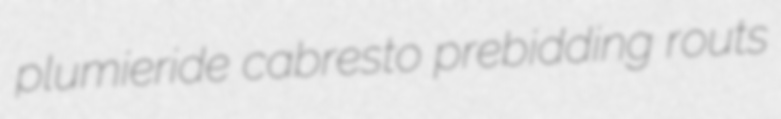
plumieride cabresto prebidding routs